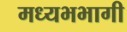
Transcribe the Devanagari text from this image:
मध्यभभागी